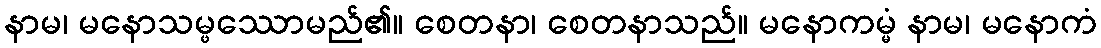
နာမ၊ မနောသမ္ဖဿောမည်၏။ စေတနာ၊ စေတနာသည်။ မနောကမ္မံ နာမ၊ မနောကံ